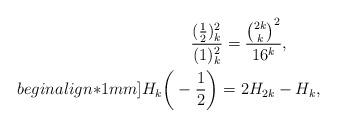
LaTeX: \begin{align*}&\qquad\quad\frac{(\frac{1}{2})_k^2}{(1)_{k}^2}=\frac{\binom{2k}{k}^2}{16^k},\\begin{align*}1mm]&H_k\bigg(-\frac{1}{2}\bigg)=2H_{2k}-H_k,\end{align*}